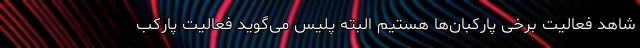
شاهد فعالیت برخی پارکبان‌ها هستیم البته پلیس می‌گوید فعالیت پارکب